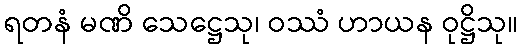
ရတနံ မဏိ သေဋ္ဌေသု၊ ဝဿံ ဟာယန ဝုဋ္ဌိသု။